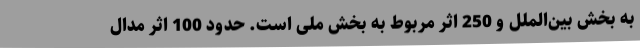
به بخش بین‌الملل و 250 اثر مربوط به بخش ملی است. حدود 100 اثر مدال